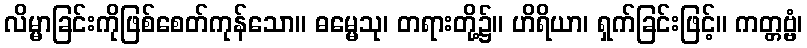
လိမ္မာခြင်းကိုဖြစ်စေတ်ကုန်သော။ ဓမ္မေသု၊ တရားတို့၌။ ဟိရိယာ၊ ရှက်ခြင်းဖြင့်။ ကတ္တဗ္ဗံ၊